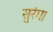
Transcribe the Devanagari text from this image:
सुरंग।